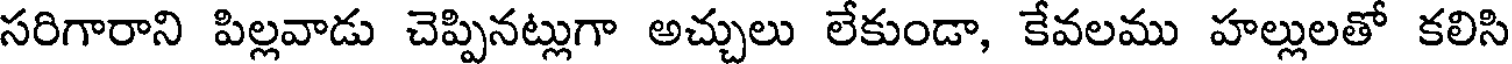
సరిగారాని పిల్లవాడు చెప్పినట్లుగా అచ్చులు లేకుండా, కేవలము హల్లులతో కలిసి